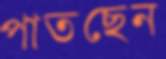
পাতছেন